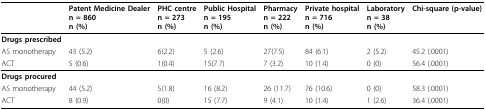
<table><thead><tr><td></td><td><b>Patent Medicine Dealern = 860n (%)</b></td><td><b>PHC centren = 273n (%)</b></td><td><b>Public Hospitaln = 195n (%)</b></td><td><b>Pharmacyn = 222n (%)</b></td><td><b>Private hospitaln = 716n (%)</b></td><td><b>Laboratoryn = 38n (%)</b></td><td><b>Chi-square (p-value)</b></td></tr></thead><tbody><tr><td><b>Drugs prescribed</b></td><td></td><td></td><td></td><td></td><td></td><td></td><td></td></tr><tr><td>AS monotherapy</td><td>43 (5.2)</td><td>6(2.2)</td><td>5 (2.6)</td><td>27(7.5)</td><td>84 (6.1)</td><td>2 (5.2)</td><td>45.2 (.0001)</td></tr><tr><td>ACT</td><td>5 (0.6)</td><td>1(0.4)</td><td>15(7.7)</td><td>7 (3.2)</td><td>10 (1.4)</td><td>0 (0)</td><td>56.4 (.0001)</td></tr><tr><td><b>Drugs procured</b></td><td></td><td></td><td></td><td></td><td></td><td></td><td></td></tr><tr><td>AS monotherapy</td><td>44 (5.2)</td><td>5(1.8)</td><td>16 (8.2)</td><td>26 (11.7)</td><td>76 (10.6)</td><td>0 (0)</td><td>58.3 (.0001)</td></tr><tr><td>ACT</td><td>8 (0.9)</td><td>0(0)</td><td>15 (7.7)</td><td>9 (4.1)</td><td>10 (1.4)</td><td>1 (2.6)</td><td>36.4 (.0001)</td></tr></tbody></table>